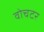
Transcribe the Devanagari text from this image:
वोचटर